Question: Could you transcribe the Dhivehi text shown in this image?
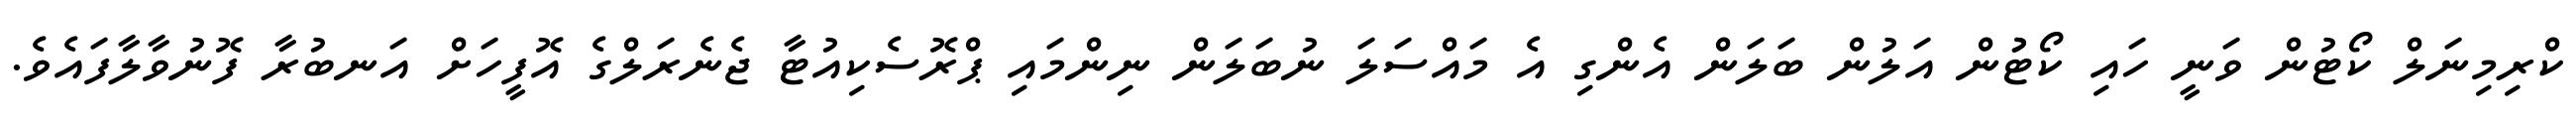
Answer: ކްރިމިނަލް ކޯޓުން ވަނީ ހައި ކޯޓުުން އަލުން ބަލަން އެންގި އެ މައްސަލަ ނުބަލަން ނިންމައި ޕްރޮސެކިއުޓާ ޖެނެރަލްގެ އޮފީހަށް އަނބުރާ ފޮނުވާލާފައެވެ.